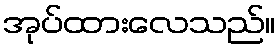
အုပ်ထားလေသည်။